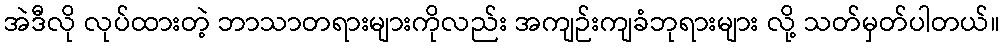
အဲဒီလို လုပ်ထားတဲ့ ဘာသာတရားများကိုလည်း အကျဉ်းကျခံဘုရားများ လို့ သတ်မှတ်ပါတယ်။